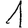
Digit: 1